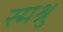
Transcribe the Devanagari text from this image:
स्मश्रु